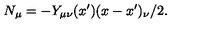
N _ { \mu } = - Y _ { \mu \nu } ( x ^ { \prime } ) ( x - x ^ { \prime } ) _ { \nu } / 2 .